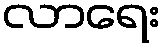
လာရေး